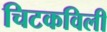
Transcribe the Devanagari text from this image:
चिटकविली